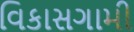
વિકાસગામી